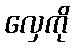
လှေကို